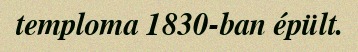
temploma 1830-ban épült.